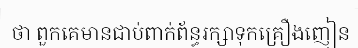
ថា ពួកគេមានជាប់ពាក់ព័ន្ធរក្សាទុកគ្រឿងញៀន